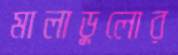
মালাডুলোর